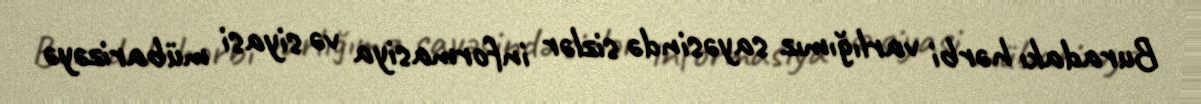
Buradakı hərbi varlığımız sayəsində sizlər informasiya və siyasi mübarizəyə